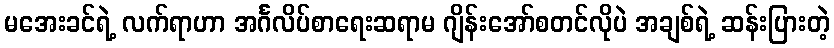
မအေးခင်ရဲ့ လက်ရာဟာ အင်္ဂလိပ်စာရေးဆရာမ ဂျိန်းအော်စတင်လိုပဲ အချစ်ရဲ့ ဆန်းပြားတဲ့